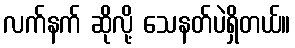
လက်နက် ဆိုလို့ သေနတ်ပဲရှိတယ်။